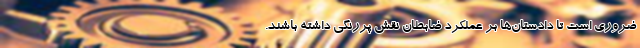
ضروری است تا دادستان‌ها بر عملکرد ضابطان نقش پررنگی داشته باشند.